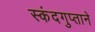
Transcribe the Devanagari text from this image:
स्कंदगुप्ताने